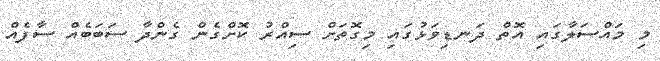
މި މައްސަލާގައި އޮތް ދަނޑިވަޅުގައި މިގޮތަށް ސިއްރު ކޮށްގެން ގެންދާ ސަބަބެއް ސާފެއް